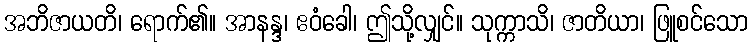
အဘိဇာယတိ၊ ရောက်၏။ အာနန္ဒ၊ ဧဝံခေါ၊ ဤသို့လျှင်။ သုက္ကာသိ၊ ဇာတိယာ၊ ဖြူစင်သော